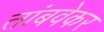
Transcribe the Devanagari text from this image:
तांबवेकर